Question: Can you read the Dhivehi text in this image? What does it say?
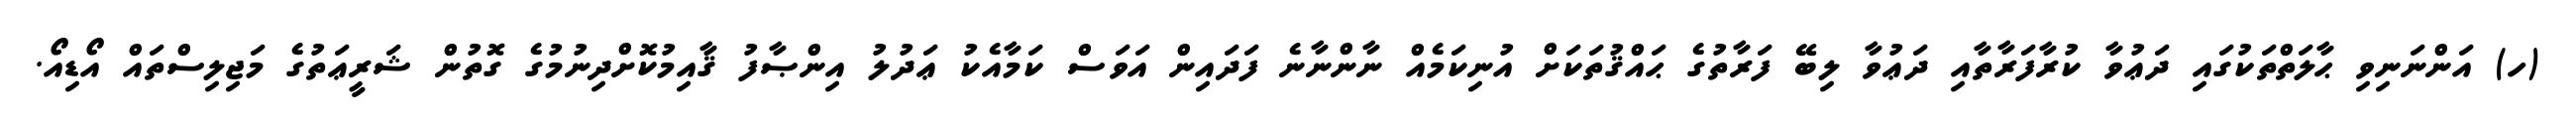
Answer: (ހ) އަންނަނިވި ޙާލަތްތަކުގައި ދަޢުވާ ކުރާފަރާތާއި ދަޢުވާ ލިބޭ ފަރާތުގެ ޙައްޤުތަކަށް އުނިކަމެއް ނާންނާނެ ފަދައިން އަވަސް ކަމާއެކު ޢަދުލު އިންޞާފު ޤާއިމުކޮށްދިނުމުގެ ގޮތުން ޝަރީޢަތުގެ މަޖިލިސްތައް އޯޑިއޯ.